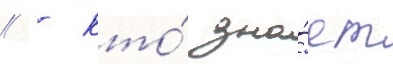
// - кто́ зна́ет